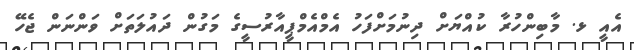
އެއީ ޅ. މާބިންހުރާ ކުއްޔަށް ދިނުމަށްފަހު އެމްއެމްޕީއާރުސީގެ މަގުން ދައުލަތަށް ވަންނަން ޖެހޭ